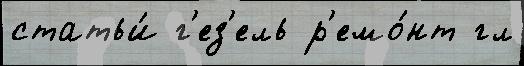
статьи́ г'ез'ель р'емо́нт гл